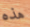
هذه